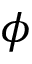
\phi